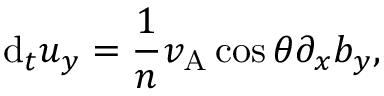
\mathrm { d } _ { t } u _ { y } = \frac { 1 } { n } v _ { \mathrm { A } } \cos \theta \partial _ { x } b _ { y } ,